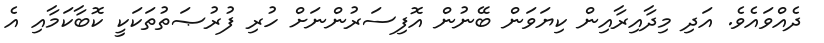
ދެއްވައެވެ. އަދި މިދާއިރާއިން ކިޔަވަން ބޭނުން އޮފިސަރުންނަށް ހުރި ފުރުޞަތުތަކަކީ ކޮބާކަމާއި އެ